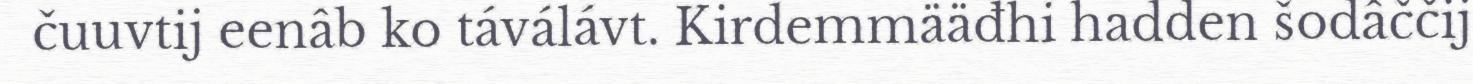
čuuvtij eenâb ko táválávt. Kirdemmääđhi hadden šodâččij